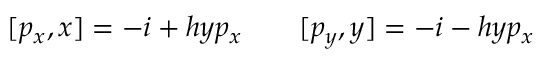
[ p _ { x } , x ] = - i + h y p _ { x } \ \ \ \ \ \ [ p _ { y } , y ] = - i - h y p _ { x }